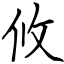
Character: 攸